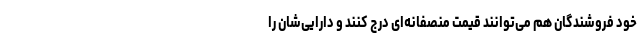
خود فروشندگان هم می‌توانند قیمت منصفانه‌ای درج کنند و دارایی‌شان را